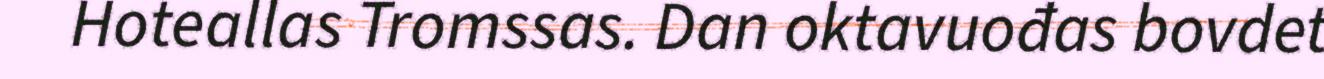
Hoteallas Tromssas. Dan oktavuođas bovdet